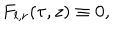
F _ { l , r } ( \tau , z ) \equiv 0 ,